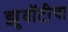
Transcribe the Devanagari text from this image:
झुवॉटीचा